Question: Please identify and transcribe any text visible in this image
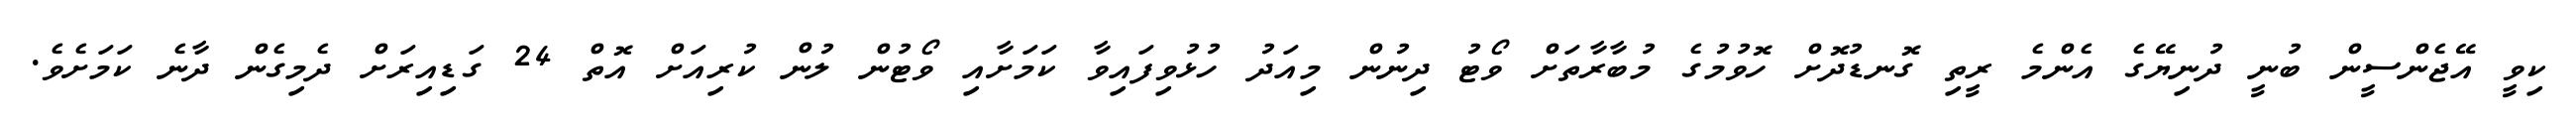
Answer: ކިވީ އޭޖެންސީން ބުނީ ދުނިޔޭގެ އެންމެ ރީތި ގޮނޑުދޮށް ހޮވުމުގެ މުބާރާތަށް ވޯޓު ދިނުން މިއަދު ހުޅުވިފައިވާ ކަމަށާއި ވޯޓުން ލުން ކުރިއަށް އޮތް 24 ގަޑިއިރަށް ދެމިގެން ދާނެ ކަމަށެވެ.